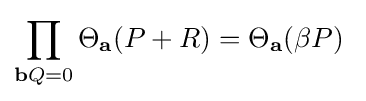
\prod _{\mathbf {b} Q=0}\Theta _{\mathbf {a} }(P+R)=\Theta _{\mathbf {a} }(\beta P)\